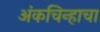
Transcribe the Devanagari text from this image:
अंकचिन्हाचा